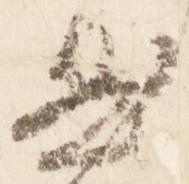
然